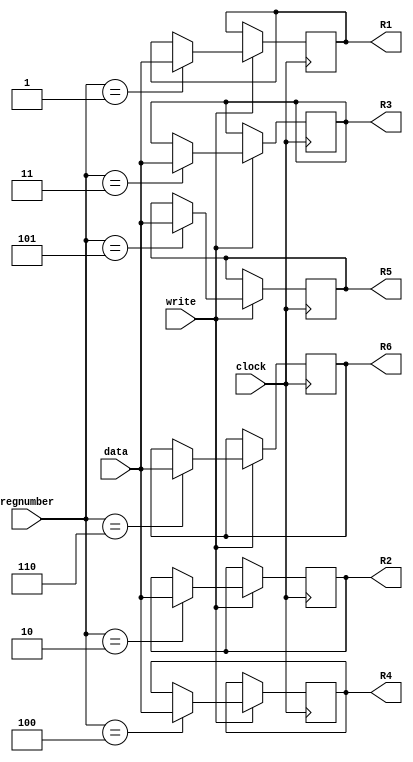
module bancoRegs(clock, data, regnumber, write, R1, R2, R3, R4, R5, R6);
	
	input clock, write;
	input [15:0] data;
	input [3:0] regnumber;
	output reg [15:0] R1, R2, R3, R4, R5, R6;
	
	initial begin
		R1 = 1;
		R2 = 2;
		R3 = 3;
		R4 = 3;
		R5 = 0;
		R6 = 0;
	end
	
	always@(posedge clock)
	begin
		if(write == 1'b1)
		begin
			case(regnumber)
				4'b0001: R1 = data;
				4'b0010: R2 = data;
				4'b0011: R3 = data;
				4'b0100: R4 = data;
				4'b0101: R5 = data;
				4'b0110: R6 = data;
			endcase
		end
	end
	
endmodule